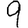
Digit: 9